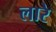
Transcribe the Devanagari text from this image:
लारे